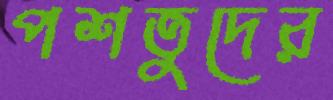
পশতুদের